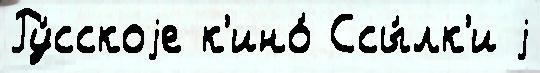
Ру́сскоjе к'ино́ Ссы́лк'и j